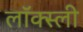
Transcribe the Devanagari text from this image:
लॉक्स्ली